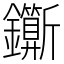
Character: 𨰉